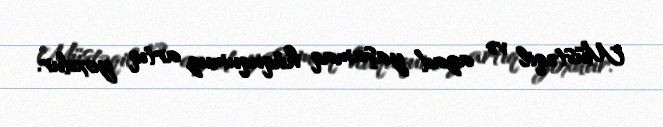
Müstəqil və azad yaşamaq hüququmuz artıq yoxdur.